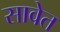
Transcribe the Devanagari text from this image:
सावेत